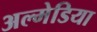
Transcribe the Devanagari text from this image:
अल्मेडिया